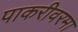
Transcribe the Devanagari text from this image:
पाकरीवरमा